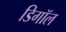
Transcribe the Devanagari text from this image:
डिगॉल